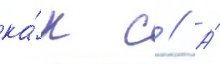
ка́к с // А́